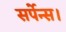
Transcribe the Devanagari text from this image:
सर्पेन्स।